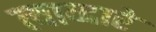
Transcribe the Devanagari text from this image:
त्याव्दारे